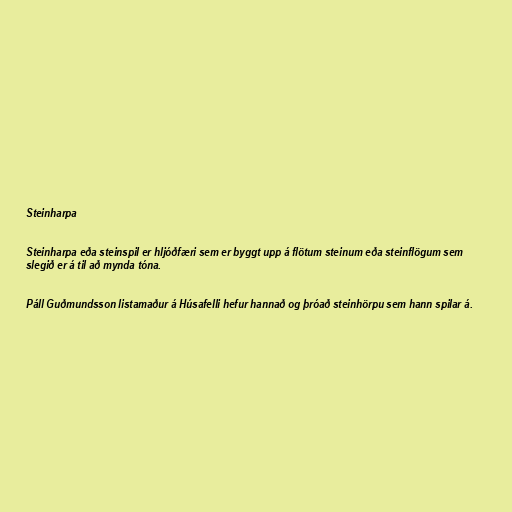
Steinharpa

Steinharpa eða steinspil er hljóðfæri sem er byggt upp á flötum steinum eða steinflögum sem
slegið er á til að mynda tóna.

Páll Guðmundsson listamaður á Húsafelli hefur hannað og þróað steinhörpu sem hann spilar á.